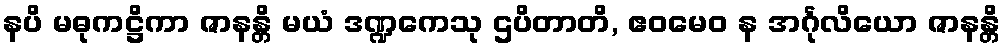
နပိ မဓုကဋ္ဌိကာ ဇာနန္တိ မယံ ဒဏ္ဍကေသု ဌပိတာတိ, ဧဝမေဝ န အင်္ဂုလိယော ဇာနန္တိ